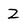
Character: Z